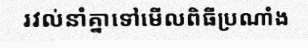
រវល់នាំគ្នាទៅមើលពិធីប្រណាំង